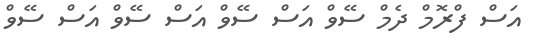
އަސް ފްރޮމް ދެމް ސޭވް އަަސް ސޭވް އަސް ސޭވް އަސް ސޭވް